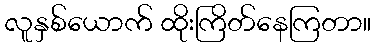
လူနှစ်ယောက် ထိုးကြိတ်နေကြတာ။